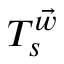
T _ { s } ^ { \vec { w } }